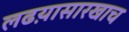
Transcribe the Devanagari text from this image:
लढय़ासारखाच